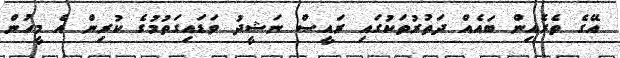
އޭގެ ތެރެއިން ބައެއް ދަތުރުތަކުގައި ރައީސް ނަޝީދު ވަޑައިގަތުމުގެ ކުރިން އެ މީހުން